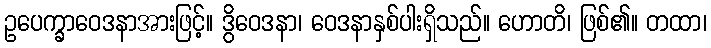
ဥပေက္ခာဝေဒနာအားဖြင့်။ ဒွိဝေဒနာ၊ ဝေဒနာနှစ်ပါးရှိသည်။ ဟောတိ၊ ဖြစ်၏။ တထာ၊